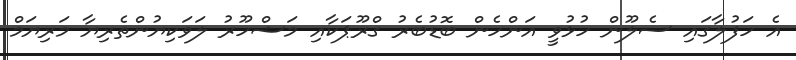
އެ ހަފުލާގައި ސެލޫން ހުޅުވީ އަންހެން ބޮޑުބެރު ގްރޫޕަކާއި މަޝްހޫރު ލަވަކިޔުންތެރިޔާ މަރިޔަމް